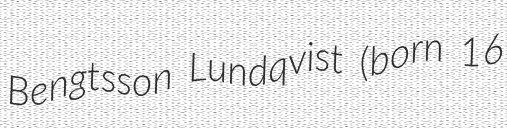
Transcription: Bengtsson Lundqvist (born 16